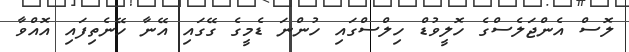
ލޮސް އެންޖަލެސްގެ ހޮލީވުޑް ހިލްސްގައި ހުންނަ ޑެމީގެ ގޭގައި އޭނާ ހޭނެތިފައި އޮއްވާ